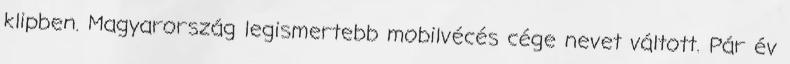
klipben. Magyarország legismertebb mobilvécés cége nevet váltott. Pár év